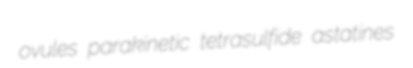
ovules parakinetic tetrasulfide astatines